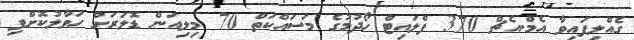
ގެއްލިފައިވާ އެމް.އެޗް 370 ފްލައިޓް ހޯދުމުގެ މަސައްކަތް 70 މިލިއަން ޑޮލަރަށް ހަވާލުކޮށްފި